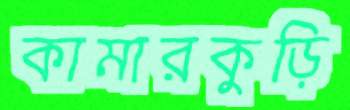
কামারকুড়ি